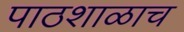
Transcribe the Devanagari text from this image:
पाठशाळाच